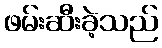
ဖမ်းဆီးခဲ့သည်